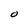
Character: O